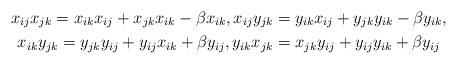
LaTeX: \begin{gather*} x_{ij} x_{jk}=x_{ik} x_{ij}+x_{jk} x_{ik} -\beta x_{ik}, x_{ij} y_{jk}=y_{ik} x_{ij}+y_{jk} y_{ik}-\beta y_{ik},\\x_{ik} y_{jk}=y_{jk} y_{ij}+y_{ij} x_{ik}+\beta y_{ij},y_{ik}x_{jk}=x_{jk}y_{ij}+y_{ij}y_{ik}+\beta y_{ij}\end{gather*}